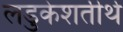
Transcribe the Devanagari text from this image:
लडुकेशतीर्थ